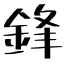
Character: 鋒